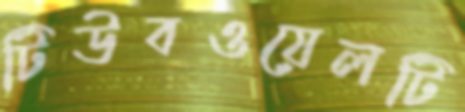
টিউবওয়েলটি